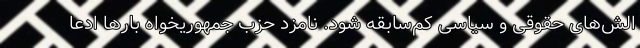
الش‌های حقوقی و سیاسی کم‌سابقه شود. نامزد حزب جمهوریخواه بارها ادعا